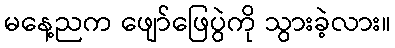
မနေ့ညက ဖျော်ဖြေပွဲကို သွားခဲ့လား။